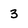
Character: 3